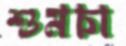
শুমচা